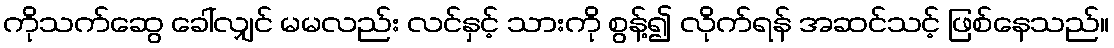
ကိုသက်ဆွေ ခေါ်လျှင် မမလည်း လင်နှင့် သားကို စွန့်၍ လိုက်ရန် အဆင်သင့် ဖြစ်နေသည်။